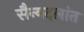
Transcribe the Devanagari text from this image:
सैन्यदलांत